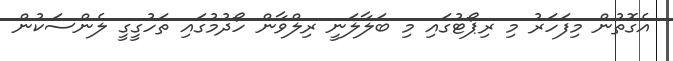
އެގޮތުން މިފަހަރު މި ރިޕޯޓުގައި މި ބަލާލަނީ ރިލްވާން ހޯދުމުގައި ތަހުގީގީ ލެންސަކުން